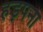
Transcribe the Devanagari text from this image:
हड़पना